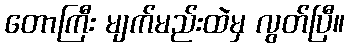
တောကြီး မျက်မည်းထဲမှ လွတ်ပြီ။